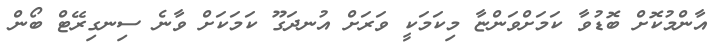
އާންމުކޮށް ބޮޑުވާ ކަމަށްވަންޏާ މިކަމަކީ ވަރަށް އުނދަގޫ ކަމަކަށް ވާނެ ސިނގިރޭޓް ބޯން